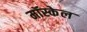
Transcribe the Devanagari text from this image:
मॉस्केल